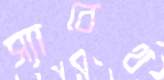
স্যাবেথ